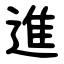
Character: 進